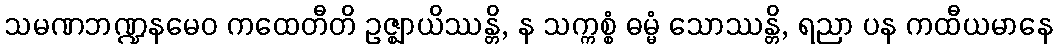
သမဏဘဏ္ဍနမေဝ ကထေတီတိ ဥဇ္ဈာယိဿန္တိ, န သက္ကစ္စံ ဓမ္မံ သောဿန္တိ, ရညာ ပန ကထီယမာနေ